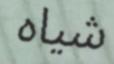
شياه